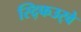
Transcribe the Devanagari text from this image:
स्द्फिउर्‍वे